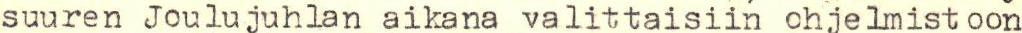
suuren Joulujuhlan aikana valittaisiin ohjelmistoon